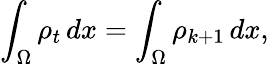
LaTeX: \int_{\Omega}\rho_{t}\, dx=\int_{\Omega}\rho_{k+1}\, dx,